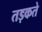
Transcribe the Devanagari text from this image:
तड़कते